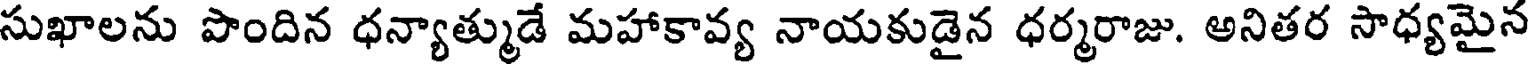
సుఖాలను పొందిన ధన్యాత్ముడే మహాకావ్య నాయకుడైన ధర్మరాజు. అనితర సాధ్యమైన